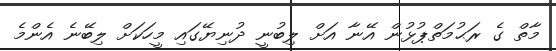
މާތް ގެ ރަޙުމަތްޕުޅުން އޭނާ އަށް ލިބުނީ ދުނިޔޭގައި މީހަކަށް ލިބޭނެ އެންމެ